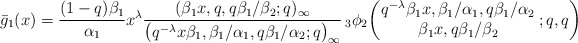
\begin{align*}& \bar{g}_1(x) = \frac{(1-q)\beta_1}{\alpha_1} x^{\lambda} \frac{( \beta_1 x, q, q \beta_1 / \beta_2 ; q)_{\infty}}{\big( q^{-\lambda} x \beta_1, \beta_1 / \alpha_1,q \beta_1 / \alpha_2 ; q\big)_{\infty}} \,{}_3\phi_2 \biggl(\!\! \begin{array}{c} q^{-\lambda}\beta_1 x, \beta_1/\alpha_1, q\beta_1/\alpha_2\\ \beta_1 x, q\beta_1/\beta_2 \end{array}\! ;q,q \biggr)\end{align*}